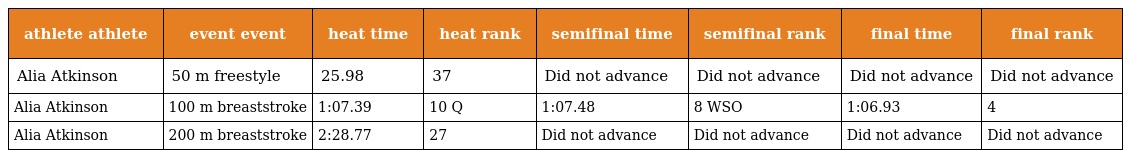
| athlete athlete | event event | heat time | heat rank | semifinal time | semifinal rank | final time | final rank |
 | --- | --- | --- | --- | --- | --- | --- | --- |
 | Alia Atkinson | 50 m freestyle | 25.98 | 37 | Did not advance | Did not advance | Did not advance | Did not advance |
 | Alia Atkinson | 100 m breaststroke | 1:07.39 | 10 Q | 1:07.48 | 8 WSO | 1:06.93 | 4 |
 | Alia Atkinson | 200 m breaststroke | 2:28.77 | 27 | Did not advance | Did not advance | Did not advance | Did not advance |